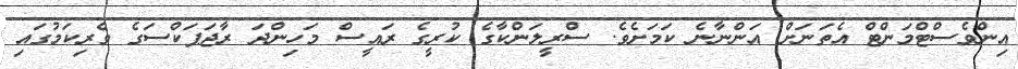
އިންވެސްޓްމަންޓް އެތަނަށް އަންނާނެ ކަމަށެވެ. ސްރީލަންކާގެ ކުރީގެ ރައީސް މަހިންދަ ރާޖަޕަކްސަގެ ވެރިކަމުގައި